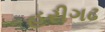
હરીગઢ